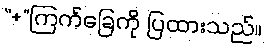
“+”ကြက်ခြေကို ပြထားသည်။